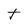
Character: t